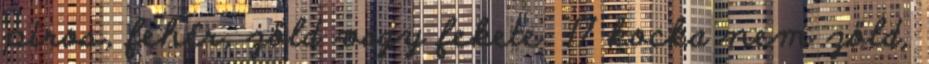
piros, fehér, zöld vagy fekete. 17 kocka nem zöld,